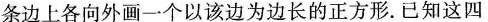
条边上各向外画一个以该边为边长的正方形。已知这四